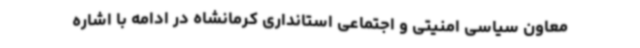
معاون سیاسی امنیتی و اجتماعی استانداری کرمانشاه در ادامه با اشاره